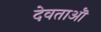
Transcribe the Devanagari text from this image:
देवताऒ